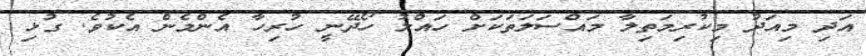
އަދި މިއަދު މިކުރިމަތިލާ މައްސަލަތަކަށް ހައްލު ހޯދޭނީ ހުރިހާ އެންމެން އެކުވެ